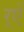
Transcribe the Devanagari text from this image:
र्‌ऐ